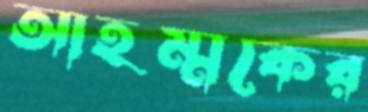
আহম্মকের